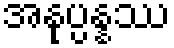
အနုပ္ပန္နဿ